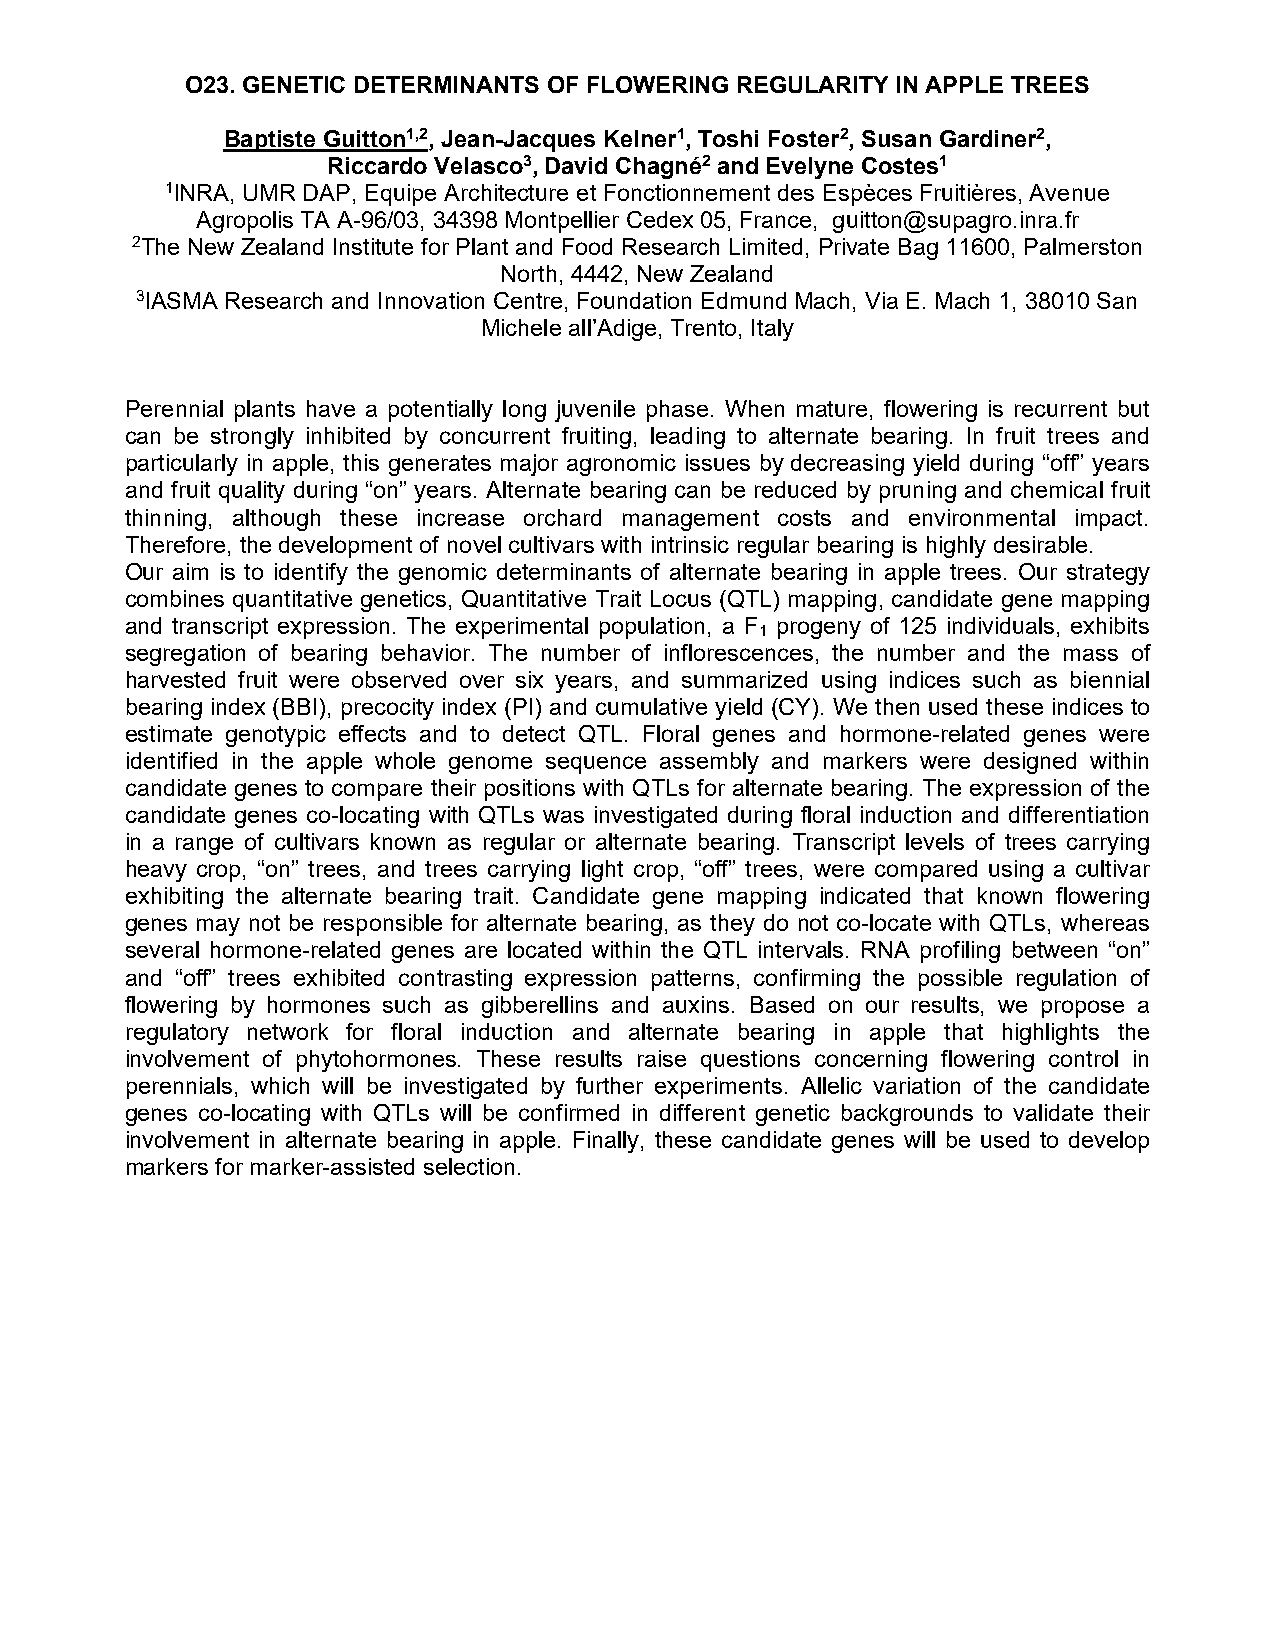
O23. GENETIC DETERMINANTS OF FLOWERING REGULARITY IN APPLE TREES
 Baptiste Guitton1,2, Jean-Jacques Kelner1, Toshi Foster2, Susan Gardiner2,
 Riccardo Velasco3, David Chagné2 and Evelyne Costes1
 1INRA, UMR DAP, Equipe Architecture et Fonctionnement des Espèces Fruitières, Avenue
 Agropolis TA A-96/03, 34398 Montpellier Cedex 05, France, guitton@supagro.inra.fr
 2The New Zealand Institute for Plant and Food Research Limited, Private Bag 11600, Palmerston
 North, 4442, New Zealand
 3IASMA Research and Innovation Centre, Foundation Edmund Mach, Via E. Mach 1, 38010 San
 Michele all’Adige, Trento, Italy
 Perennial plants have a potentially long juvenile phase. When mature, flowering is recurrent but
 can be strongly inhibited by concurrent fruiting, leading to alternate bearing. In fruit trees and
 particularly in apple, this generates major agronomic issues by decreasing yield during “off” years
 and fruit quality during “on” years. Alternate bearing can be reduced by pruning and chemical fruit
 thinning, although these increase orchard management costs and environmental impact.
 Therefore, the development of novel cultivars with intrinsic regular bearing is highly desirable.
 Our aim is to identify the genomic determinants of alternate bearing in apple trees. Our strategy
 combines quantitative genetics, Quantitative Trait Locus (QTL) mapping, candidate gene mapping
 and transcript expression. The experimental population, a F progeny of 125 individuals, exhibits
 1
 segregation of bearing behavior. The number of inflorescences, the number and the mass of
 harvested fruit were observed over six years, and summarized using indices such as biennial
 bearing index (BBI), precocity index (PI) and cumulative yield (CY). We then used these indices to
 estimate genotypic effects and to detect QTL. Floral genes and hormone-related genes were
 identified in the apple whole genome sequence assembly and markers were designed within
 candidate genes to compare their positions with QTLs for alternate bearing. The expression of the
 candidate genes co-locating with QTLs was investigated during floral induction and differentiation
 in a range of cultivars known as regular or alternate bearing. Transcript levels of trees carrying
 heavy crop, “on” trees, and trees carrying light crop, “off” trees, were compared using a cultivar
 exhibiting the alternate bearing trait. Candidate gene mapping indicated that known flowering
 genes may not be responsible for alternate bearing, as they do not co-locate with QTLs, whereas
 several hormone-related genes are located within the QTL intervals. RNA profiling between “on”
 and “off” trees exhibited contrasting expression patterns, confirming the possible regulation of
 flowering by hormones such as gibberellins and auxins. Based on our results, we propose a
 regulatory network for floral induction and alternate bearing in apple that highlights the
 involvement of phytohormones. These results raise questions concerning flowering control in
 perennials, which will be investigated by further experiments. Allelic variation of the candidate
 genes co-locating with QTLs will be confirmed in different genetic backgrounds to validate their
 involvement in alternate bearing in apple. Finally, these candidate genes will be used to develop
 markers for marker-assisted selection.